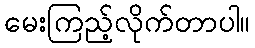
မေးကြည့်လိုက်တာပါ။